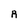
Character: R